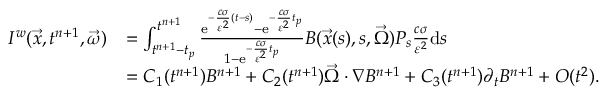
\begin{array} { r l } { I ^ { w } ( \vec { x } , t ^ { n + 1 } , \vec { \omega } ) } & { = \int _ { t ^ { n + 1 } - t _ { p } } ^ { t ^ { n + 1 } } \frac { \mathrm { e } ^ { - \frac { c \sigma } { \varepsilon ^ { 2 } } ( t - s ) } - \mathrm { e } ^ { - \frac { c \sigma } { \varepsilon ^ { 2 } } t _ { p } } } { 1 - \mathrm { e } ^ { - \frac { c \sigma } { \varepsilon ^ { 2 } } t _ { p } } } B ( \vec { x } ( s ) , s , \vec { \Omega } ) P _ { s } \frac { c \sigma } { \varepsilon ^ { 2 } } \mathrm { d } s } \\ & { = C _ { 1 } ( t ^ { n + 1 } ) B ^ { n + 1 } + C _ { 2 } ( t ^ { n + 1 } ) \vec { \Omega } \cdot \nabla B ^ { n + 1 } + C _ { 3 } ( t ^ { n + 1 } ) \partial _ { t } B ^ { n + 1 } + O ( t ^ { 2 } ) . } \end{array}